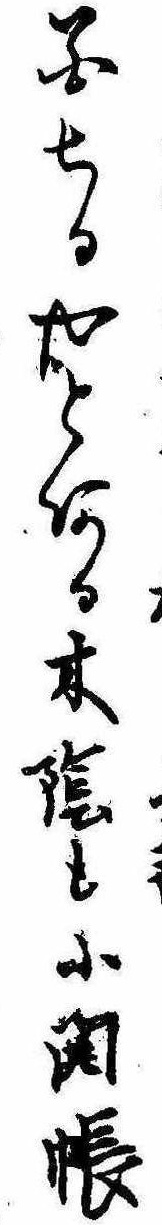
花ちるやとある木陰も小開帳